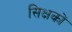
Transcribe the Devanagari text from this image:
सिक्षकों